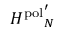
{ H ^ { \mathrm { p o l } } } _ { N } ^ { \prime }